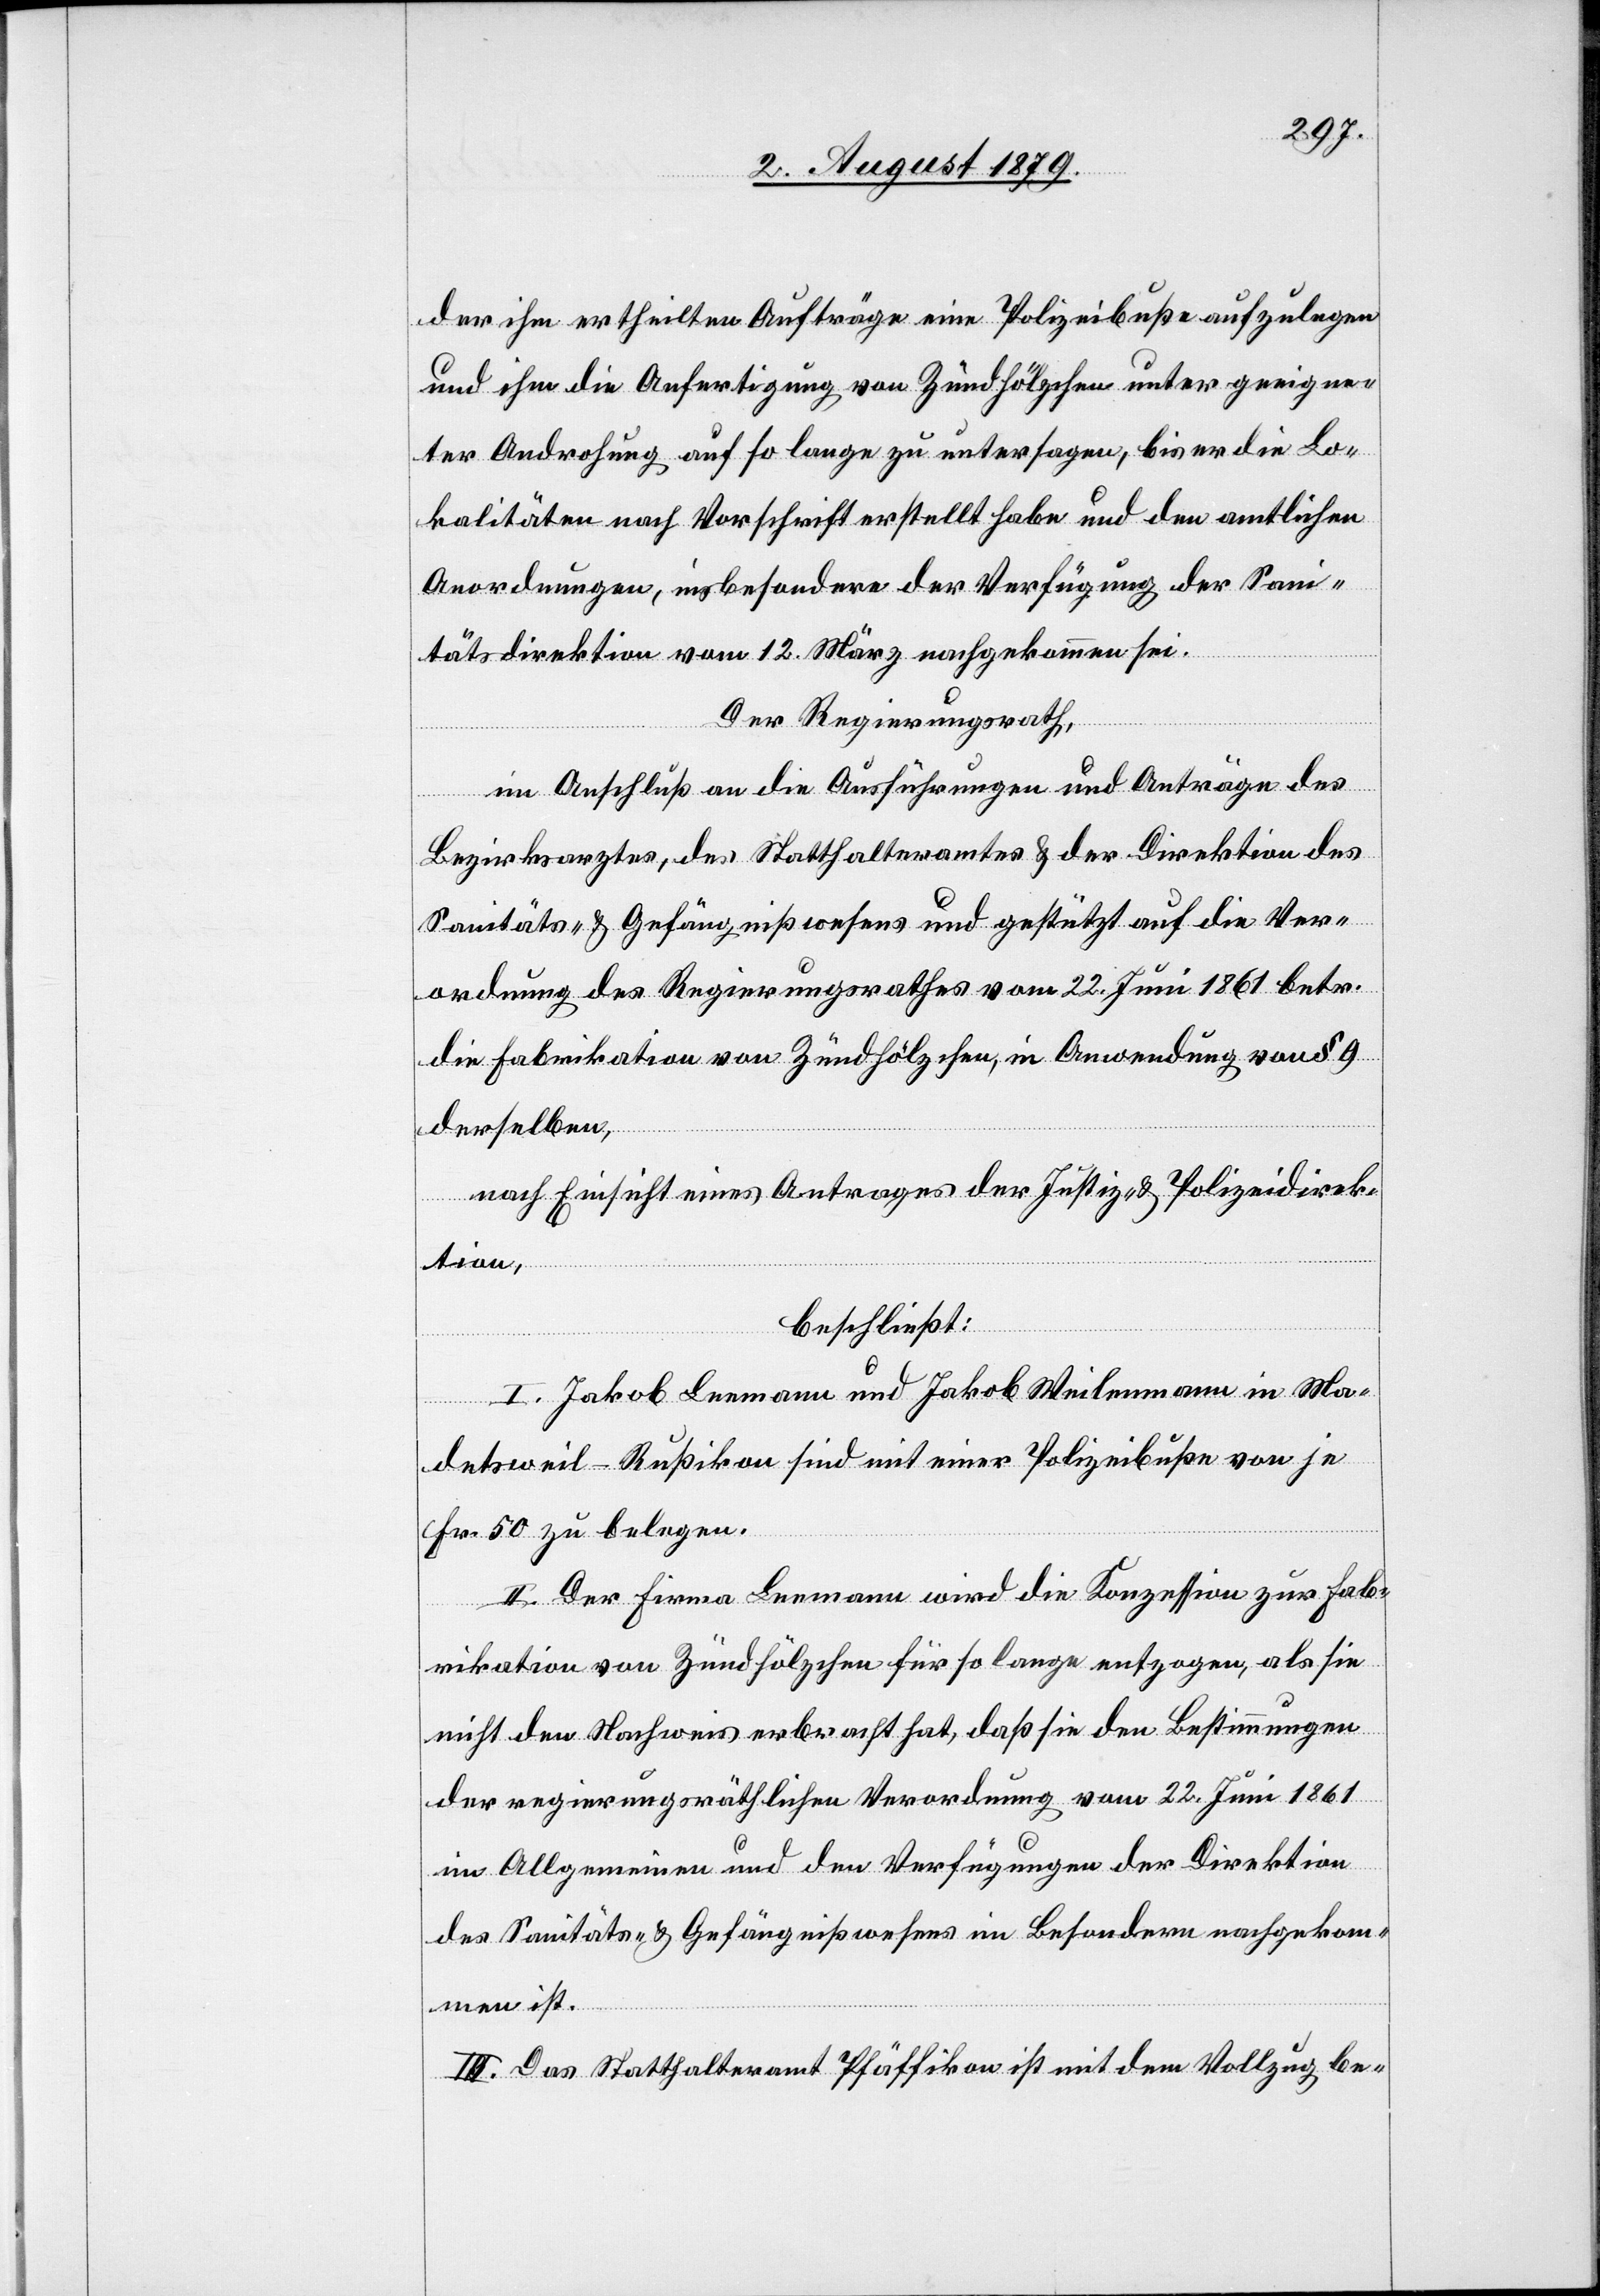
der ihm ertheilten Aufträge eine Polizeibuße aufzulegen
und ihm die Anfertigung von Zündhölzern unter geeigne¬
ter Androhung auf so lange zu untersagen, bis er die Lo¬
kalitäten nach Vorschrift erstellt habe und den amtlichen
Anordnungen, insbesondere der Verfügung der San¬
itätsdirektion vom 12. März nachgekommen sei.
Der Regierungsrath,
im Anschluß an die Ausführung und Anträge des
Bezirksarztes, des Statthalteramtes & der Direktion des
Sanitäts- & Gefängnißwesens und gestützt auf die Ver¬
ordnung des Regierungsrathes vom 22. Juni 1861 betr.
die Fabrikation von Zündhölzchen, in Anwendung von § 9
derselben,
nach Einsicht eines Antrages der Justiz- & Polizeidirek¬
tion,
beschließt:
I. Jakob Leemann und Jakob Weilenmann in Ma¬
detsweil - Rußikon sind mit einer Polizeibuße von je
Fr. 50 zu belegen.
II. Der Firma Leemann wird die Konzession zur Fab¬
rikation von Zündhölzchen für so lange entzogen, als sie
nicht den Nachweis erbracht hat, daß sie den Bestimmungen
der regierungsräthlichen Verordnung vom 22. Juni 1861
im Allgemeinen und den Verfügungen der Direktion
des Sanitäts- & Gefängnißwesens im Besondern nachgekom¬
men ist.
III. Das Statthalteramt Pfäffikon ist mit dem Vollzug be-